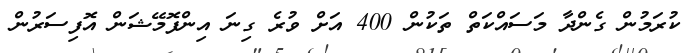
ކުރަމުން ގެންދާ މަސައްކަތް ތަކުން 400 އަށް ވުރެ ގިނަ އިންފޮމޭޝަން އޮފިސަރުން